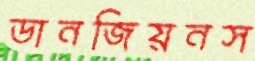
ডানজিয়নস